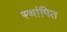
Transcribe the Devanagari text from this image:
स्थांपित